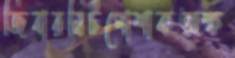
জিবারনিটপোশাকঅক্ষ